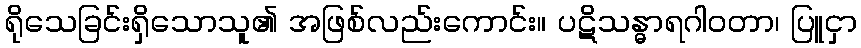
ရိုသေခြင်းရှိသောသူ၏ အဖြစ်လည်းကောင်း။ ပဋိသန္ဓာရဂါဝတာ၊ ပြူငှာ